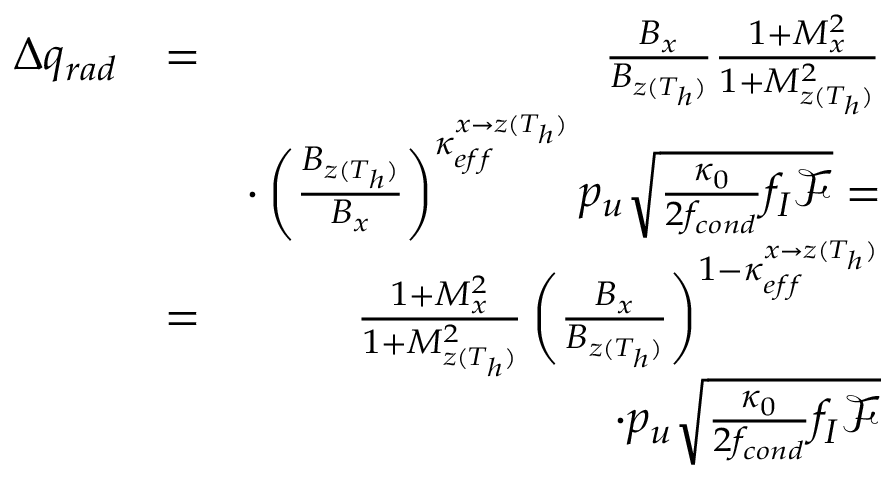
\begin{array} { r l r } { \Delta q _ { r a d } } & { = } & { \frac { B _ { x } } { B _ { z ( T _ { h } ) } } \frac { 1 + M _ { x } ^ { 2 } } { 1 + M _ { z ( T _ { h } ) } ^ { 2 } } } \\ & { ~ } & { \cdot \left( \frac { B _ { z ( T _ { h } ) } } { B _ { x } } \right) ^ { \kappa _ { e f f } ^ { x \rightarrow z ( T _ { h } ) } } p _ { u } \sqrt { \frac { \kappa _ { 0 } } { 2 f _ { c o n d } } f _ { I } \mathcal { F } } = } \\ { ~ } & { = } & { \frac { 1 + M _ { x } ^ { 2 } } { 1 + M _ { z ( T _ { h } ) } ^ { 2 } } \left( \frac { B _ { x } } { B _ { z ( T _ { h } ) } } \right) ^ { 1 - \kappa _ { e f f } ^ { x \rightarrow z ( T _ { h } ) } } } \\ & { ~ } & { \cdot p _ { u } \sqrt { \frac { \kappa _ { 0 } } { 2 f _ { c o n d } } f _ { I } \mathcal { F } } } \end{array}